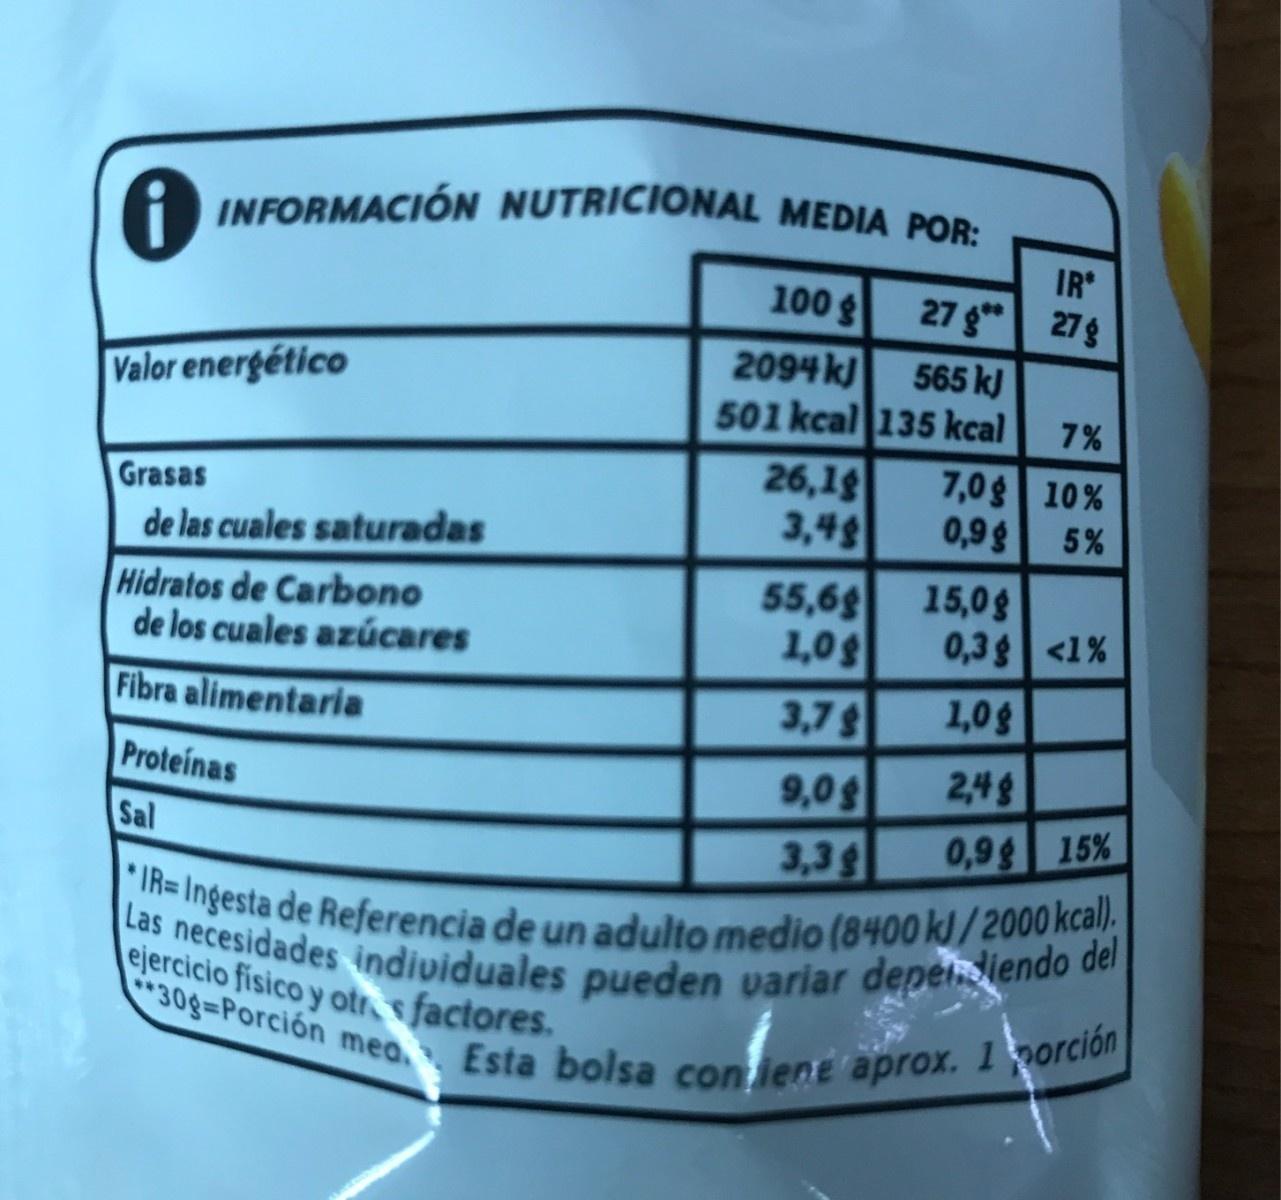
INFORMACIÓN NUTRICIONAL MEDIA POR: IR 100 g 27 g" 27g 2094 kJ 565 k) Valor energético 501 kcal 135 kcal 7% 26,1g 3,48 55,6g 1,0g Grasas de las cuales saturadas 7,0g 10% 0,9g 5% Hidratos de Carbono de los cuales azúcares 15,0g 0,3g <1% Fibra alimentaria 1,0g 3,7g 9,0g Proteinas 2,4g Sal 0,9g 15% 3,3g IR= Ingesta de Referencia de un adulto medio (8400 kJ / 2000 kcal). Las necesidades individuales pueden variar depeJiendo del ejercicio fisico y otr s factores. 30g=Porción mea Esta bolsa con iene aprox. 1 norción